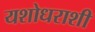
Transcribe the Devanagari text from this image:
यशोधराशी